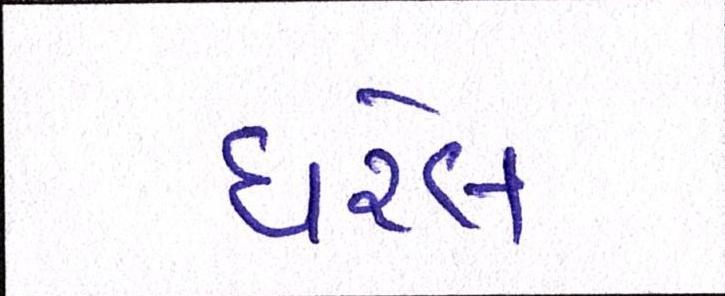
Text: ધરેલ